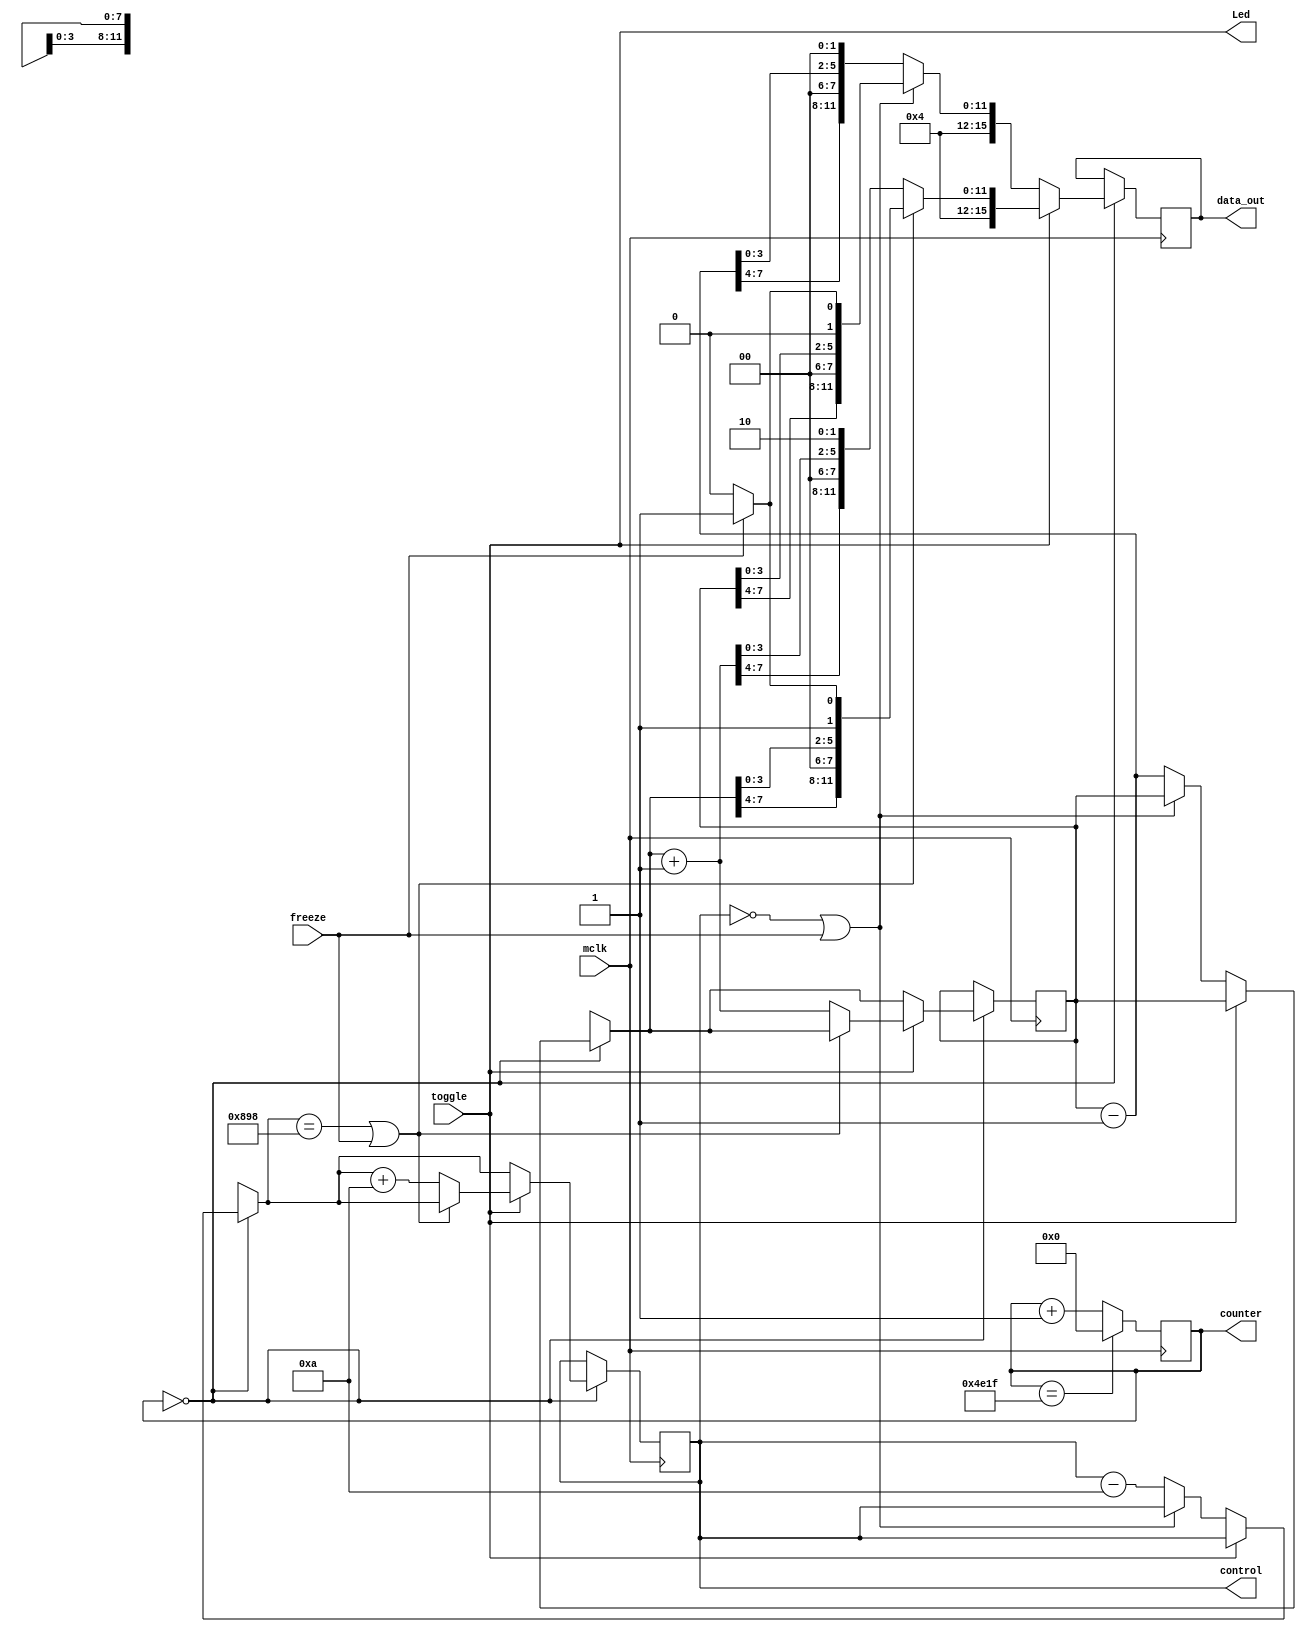
module motor4(
    input mclk,
    input toggle,  //Use this as the control input
	 input freeze,  //Use this as the freeze input
	 output [0:0] Led,
	 output reg [15:0] data_out,
	 output reg [11:0] control,
	 output reg [14:0] counter
    );

//50 MHz clock onBoard
//1 MHz input clock 
//20 ms counter.
//		1/1,000,000  Hz 			= 1000  ns (every posedge)
//		(20,000,000 ns)/(1,000 ns) = 20,000
//
//    (15 bits) (2^(15)-1) 	= 32,767 (from 0 to 32,767)
//				Therefore, counter needs 15 bits [14:0]
//				Count up to 19,999 (0 included)

//Assumed Max (180 deg) 2 ms 			= 100,000*1000 ns (2,000 clks)
//Assumed Min (0   deg) 1 ms 			=  50,000*1000 ns ( 1,000 clks)
//Positions  2,000 - 1,000 		= 1,000
//Resolution (180 degrees)/1,000 	= 0.18 degrees

//essential registers
reg [7:0] data_reg	=	0; //255
initial begin
    control = 1000; // Assign an initial value to control
end
////////////////////////////////////////////////////////////
//Test Control registers ///////////////////////////////////
////////////////////////////////////////////////////////////


always @(posedge mclk)
begin

//Servo algorithm
	counter <= counter + 1;
	if(counter == 'd19999)
			counter <= 0;

////////////////////////////////////////////////////////////
//control algorithm////////////////////////////////////
////////////////////////////////////////////////////////////



	if(counter == 0)
		begin
			if(toggle == 0)
					if(control == 0 || freeze == 1) 
						begin
							control = control;
							data_reg = data_reg;
							if(freeze == 0)
								data_out = {2'b01, 2'b00, data_reg[7:4], 2'b00, data_reg[3:0], 1'b0, 1'b0};
							else
								data_out = {2'b01, 2'b00, data_reg[7:4], 2'b00, data_reg[3:0], 1'b0, 1'b1};
						end
					else
						begin
							control = control - 10;
							data_reg = data_reg - 1;
							data_out = {2'b01, 2'b00, data_reg[7:4], 2'b00, data_reg[3:0], 1'b0, 1'b0};
						end
			if(toggle == 1)
					if(control == 'd2200 || freeze == 1) 
						begin
							control = control;
							data_reg = data_reg;
							if(freeze == 0)
								data_out = {2'b01, 2'b00, data_reg[7:4], 2'b00, data_reg[3:0], 1'b1, 1'b0};
							else
								data_out = {2'b01, 2'b00, data_reg[7:4], 2'b00, data_reg[3:0], 1'b1, 1'b1};
						end
					else
						begin
							control = control + 10;
							data_reg = data_reg + 1;
							data_out = {2'b01, 2'b00, data_reg[7:4], 2'b00, data_reg[3:0], 1'b1, 1'b0};
						end
		end
////////////////////////////////////////////////////////////
////////////////////////////////////////////////////////////

end

assign Led[0]	= toggle;
//assign control	= control;

endmodule